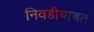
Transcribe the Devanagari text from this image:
निवडीबाबत